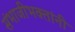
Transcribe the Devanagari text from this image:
संभाजीभक्तांनी